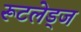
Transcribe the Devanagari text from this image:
रूटलेड्ज